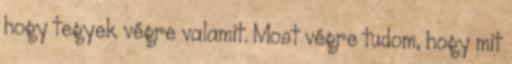
hogy tegyek végre valamit. Most végre tudom, hogy mit